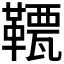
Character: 𩌯